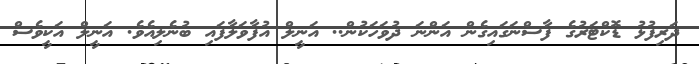
ދަރިފުޅު ޑޮކްޓަރުގެ ފާސްނަގައިގެން އަންނަ ދުވަހަކުން.. އަނީލް އުފާވަލާފައި ބުނެލިއެވެ. އަނީލް އަކީވެސް